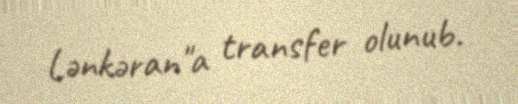
Lənkəran"a transfer olunub.